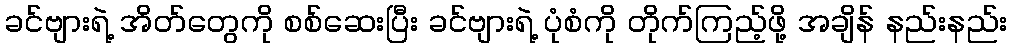
ခင်ဗျားရဲ့ အိတ်တွေကို စစ်ဆေးပြီး ခင်ဗျားရဲ့ ပုံစံကို တိုက်ကြည့်ဖို့ အချိန် နည်းနည်း